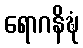
ရောဂနိဍ္ဎံ